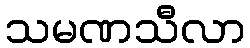
သမဏသီလာ